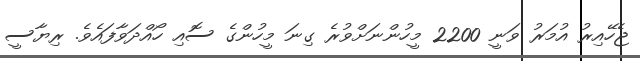
ޖެހޭއިރު އުމަރު ވަނީ 2200 މީހުންނަށްވުރެ ގިނަ މީހުންގެ ސޮއި ހޯއްދަވާފައެވެ. ރިޔާސީ